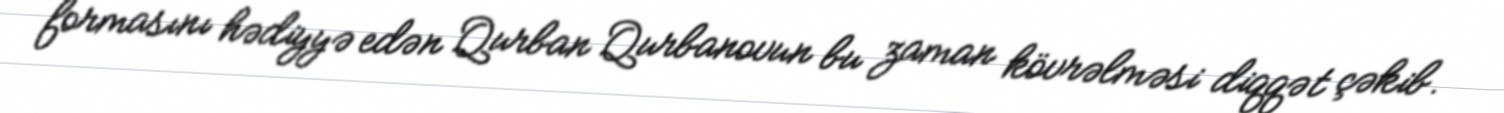
formasını hədiyyə edən Qurban Qurbanovun bu zaman kövrəlməsi diqqət çəkib.